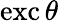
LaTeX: \operatorname{exc}\theta